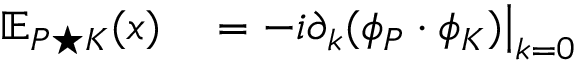
\begin{array} { r l } { \mathbb { E } _ { P \star K } ( x ) } & { { } = - i \partial _ { k } ( \phi _ { P } \cdot \phi _ { K } ) \big | _ { k = 0 } } \end{array}